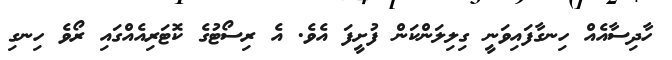
ހާދިސާއެއް ހިނގާފައިވަނީ ގިލިލަންކަން ފުށީފަ އެވެ. އެ ރިސޯޓުގެ ކޮޓަރިއެއްގައި ރޯވެ ހިނގި